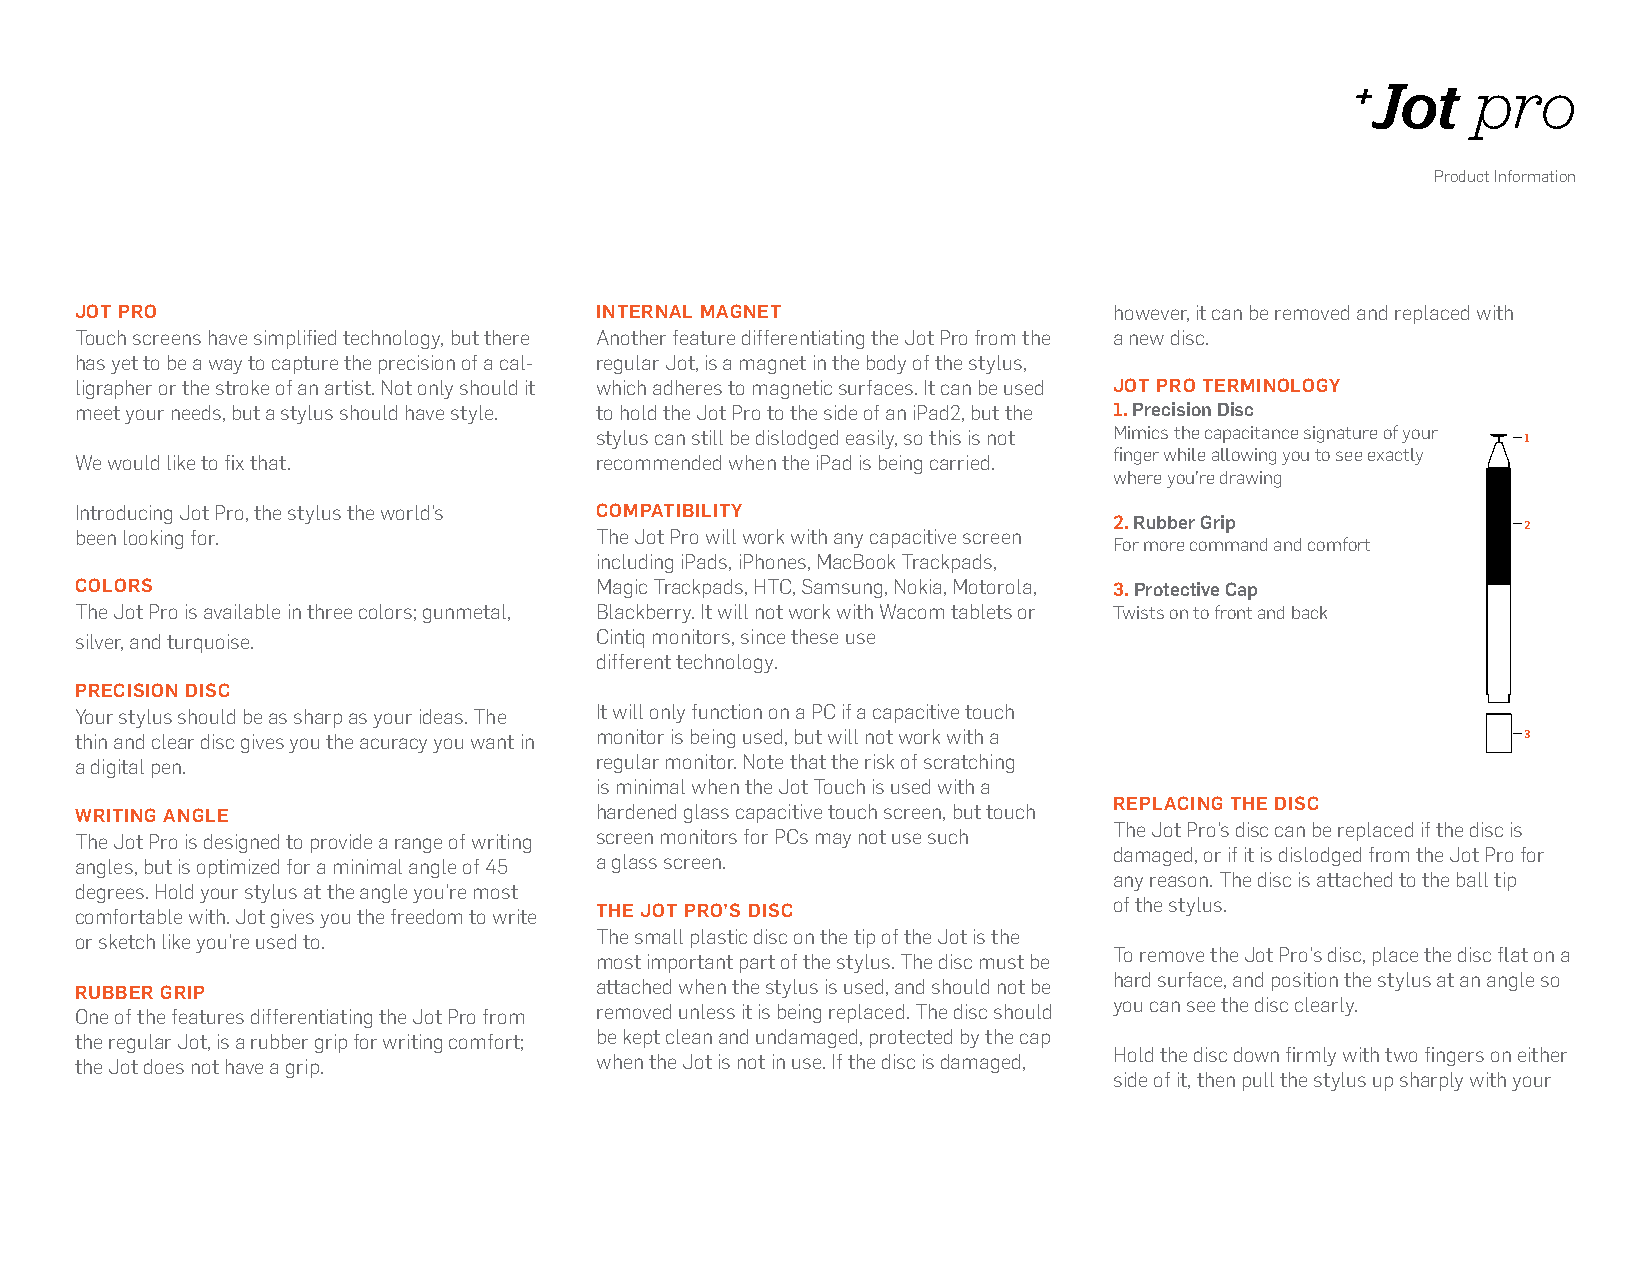
+Jot    pro
 Product Information
 JOT prO                           inTernaL MagneT                    however, it can be removed and replaced with
 Touch screens have simplified technology, but there Another feature differentiating the Jot Pro from the a new disc.
 has yet to be a way to capture the precision of a cal- regular Jot, is a magnet in the body of the stylus,
 ligrapher or the stroke of an artist. Not only should it which adheres to magnetic surfaces. It can be used JOT prO TerMinOLOg Y
 meet your needs, but a stylus should have style. to hold the Jot Pro to the side of an iPad2, but the 1. precision disc
 stylus can still be dislodged easily, so this is not Mimics the capacitance signature of your 1
 finger while allowing you to see exactly
 We would like to fix that.        recommended when the iPad is being carried.
 where you’re drawing
 Introducing Jot Pro, the stylus the world’s COMpaTiBiLiTY
 2. rubber grip
 2
 been looking for.                 The Jot Pro will work with any capacitive screen 4
 For more comm5and and comfort
 including iPads, iPhones, MacBook Trackpads,
 6
 COLOrS                            Magic Trackpads, HTC, Samsung, Nokia, Motorola, 3. protective Cap
 The Jot Pro is available in three colors; gunmetal, Blackberry. It will not work with Wacom tablets or Twists on to front and back
 silver, and turquoise.            Cintiq monitors, since these use
 different technology.
 preCiSiOn diSC
 Your stylus should be as sharp as your ideas. The It will only function on a PC if a capacitive touch
 thin and clear disc gives you the acuracy you want in monitor is being used, but will not work with a 3
 a digital pen.                    regular monitor. Note that the risk of scratching
 is minimal when the Jot Touch is used with a
 repLaCing THe diSC
 wriTing angLe                     hardened glass capacitive touch screen, but touch
 The Jot Pro’s disc can be replaced if the disc is
 The Jot Pro is designed to provide a range of writing screen monitors for PCs may not use such
 damaged, or if it is dislodged from the Jot Pro for
 angles, but is optimized for a minimal angle of 45 a glass screen.
 any reason. The disc is attached to the ball tip
 degrees. Hold your stylus at the angle you’re most
 of the stylus.
 comfortable with. Jot gives you the freedom to write THe JOT prO’S diSC
 or sketch like you’re used to.    The small plastic disc on the tip of the Jot is the
 To remove the Jot Pro’s disc, place the disc flat on a
 most important part of the stylus. The disc must be
 hard surface, and position the stylus at an angle so
 attached when the stylus is used, and should not be
 rUBBer grip
 you can see the disc clearly.
 One of the features differentiating the Jot Pro from removed unless it is being replaced. The disc should
 the regular Jot, is a rubber grip for writing comfort; be kept clean and undamaged, protected by the cap
 Hold the disc down firmly with two fingers on either
 the Jot does not have a grip.     when the Jot is not in use. If the disc is damaged,
 side of it, then pull the stylus up sharply with your